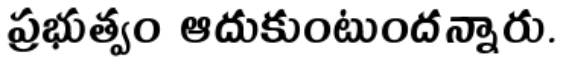
ప్రభుత్వం ఆదుకుంటుందన్నారు.